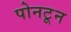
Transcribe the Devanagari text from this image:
पोनटून